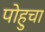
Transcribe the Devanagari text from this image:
पोहुचा